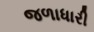
જળાધારી